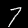
Digit: 7